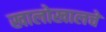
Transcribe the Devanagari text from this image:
खालोखालचे